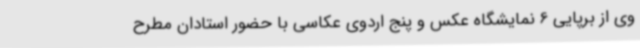
وی از برپایی 6 نمایشگاه عکس و پنج اردوی عکاسی با حضور استادان مطرح